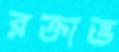
রক্তাভ